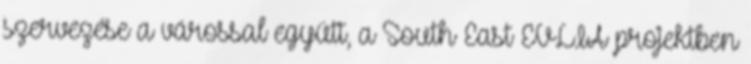
szervezése a várossal együtt, a South East EVLIA projektben